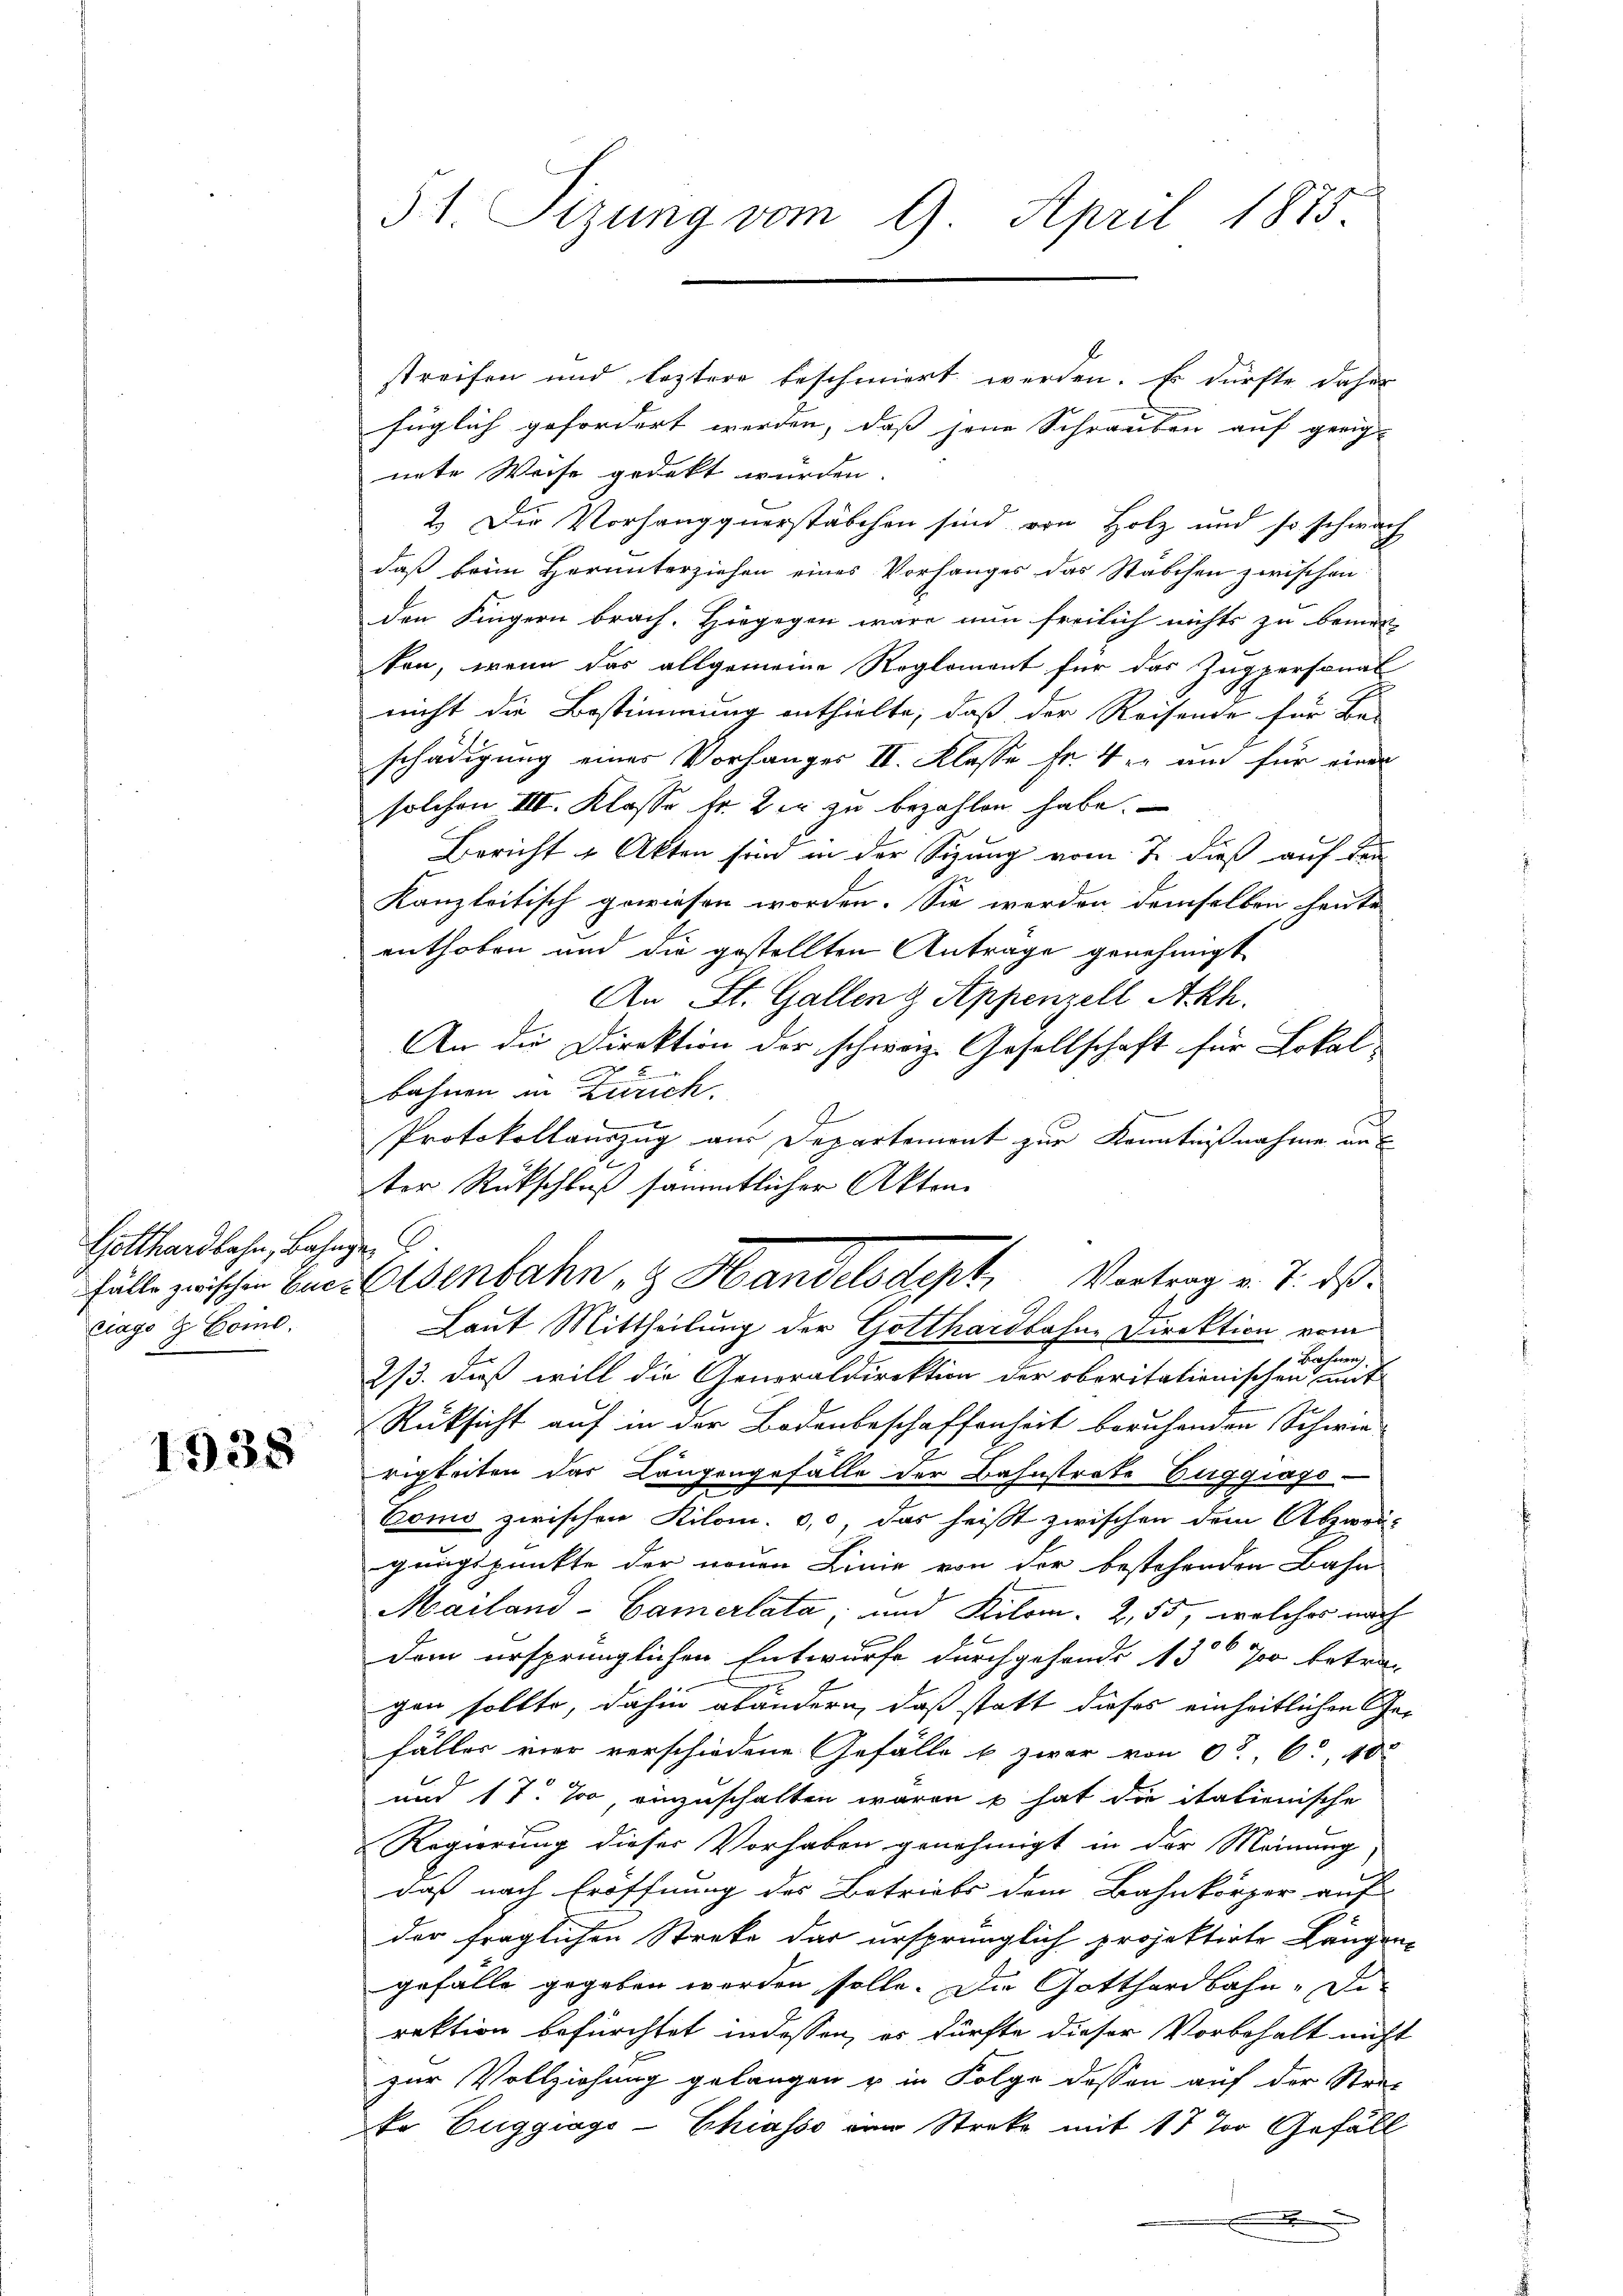
Gotthardbahn, Bahnze C
ciago & Come.

1938

51. Sizung vom 9. April 1875.

streifen und leztere beschmiert werden. Es dürfte daher
füglich gefordert werden, daß jene Schrauben auf geeig-
nete Weise gedeckt würden.
2.) Die Vorhangquerstäbchen sind von Holz und so schwach
daß beim Herunterziehen eines Vorhanges das Stäbchen zwischen
den Fingern brach. Hiegegen wäre nun freilich nichts zu bemer-
ten, wenn das allgemeine Reglement für das Zugpersonal
nicht die Bestimmung enthielte, daß der Reisende für Be-
schädigung eines Vorhanger II. Klasse Fr. 4 er um für einen
solchen III. Klasse fr. 2 er zu bezahlen habe.
Bericht & Akten sind in der Sitzung vom 7. dieß auf den
Kanzleitisch gewiesen worden. Sie werden demselben heute
enthoben und die gestellten Anträge genehmigt
An St. Gallen & Appenzell Akh.
An die Direktion der schweiz. Gesellschaft für Lokal
.
bahnen in Zürich.
Protokollauszug aus Departement zur Kenntnißnahme aus
d
ter Rückschluß sämmtlicher Akten.
Laut Mittheilung der Gotthardbahne Direktion vom
Herherrn
2/3. dieß will die Generaldirektion der oberitationischen mit
Rüksicht auf in der Bodenbeschaffenheit beruhenden Schwie-
rigkeiten das Langengefälle der Bahnstrate Euggiags
Como zwischen Kilom. 0,0 das heißt zwischen dem Abzwei-
gungspunkte der neuen Linie von der bestehenden Bahn-
Mailand-Camerlata; und Kilom. 2, 55, welches nach
dem ursprünglichen Entwurfe durchgehende 130 700 betra-
gen sollte, dahin abändern, daß statt dieses einheitlichen Ge-
fäller vier verschiedene Gefälle b zwar von 0° 6 40
E
und 17. Ja, einzuschalten waren u hat die italienische
Regierung dieser Vorhaben genehmigt in der Meinung
daß nach Eröffnung des Betriebs dem Bahnkörper auf
der fraglichen Streke das ursprünglich projektirte Längen
gefälle gegeben werden solle. Die Gotthardbahn- Die
rektion befürchtet indessen, es dürfte dieser Vorbehalt nicht
zur Vollziehung gelangen u. in Folge dessen auf der Stra-
tr Eugguage-Chiasso ein Streke mit 17 % Gefäll
.

Fülle zwischen Euereisenbahn & Handelsdept, Vortrag v. J. ds.